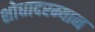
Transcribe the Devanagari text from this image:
शोधादरम्यान